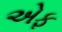
એફ